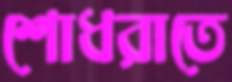
শোধরাতে